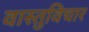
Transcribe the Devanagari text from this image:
वास्तुविचार